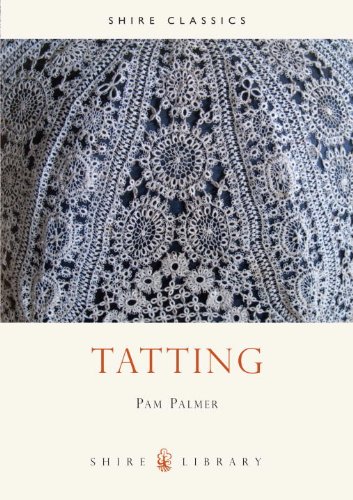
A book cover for Tatting (Shire Library); Pam Palmer; Crafts, Hobbies & Home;